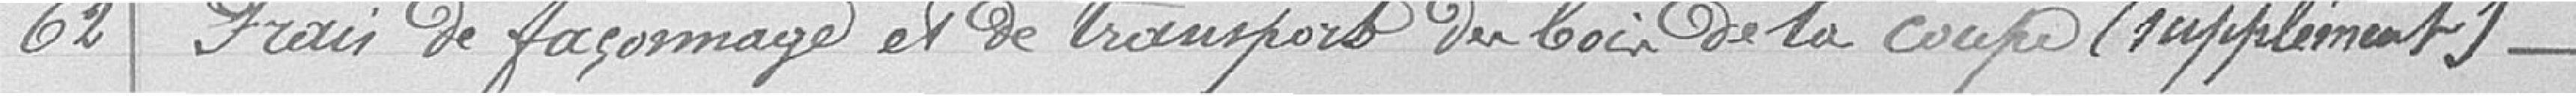
62 / Frais de façonnage et de transport du bois de la coupe (suppléments)